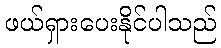
ဖယ်ရှားပေးနိုင်ပါသည်